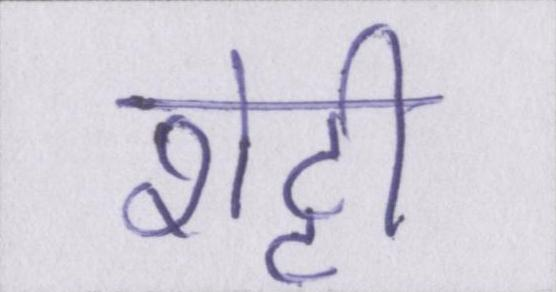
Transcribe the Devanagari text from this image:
शेट्टी